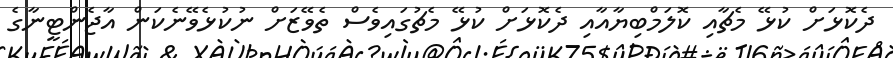
ދެކޮޅަށް ކުޅޭ މެޗާއި ކޮލަމްބިޔާއާއި ދެކޮޅަށް ކުޅޭ މެޗުގައިވެސް ތެވޭޒަށް ނުކުޅެވޭނެކަން އާޖެންޓީނާގެ